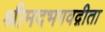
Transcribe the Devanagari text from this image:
श्रीमदभगवद्गीता